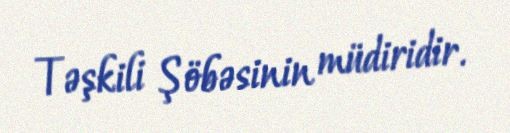
Təşkili Şöbəsinin müdiridir.